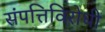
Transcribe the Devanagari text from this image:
संपत्तिविरोधी